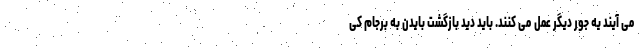
می آیند یه جور دیگر عمل می کنند. باید دید بازگشت بایدن به برجام کی